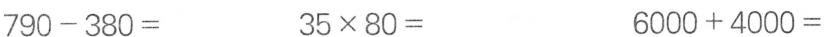
790-380= 35 \times 80= 6000+4000=